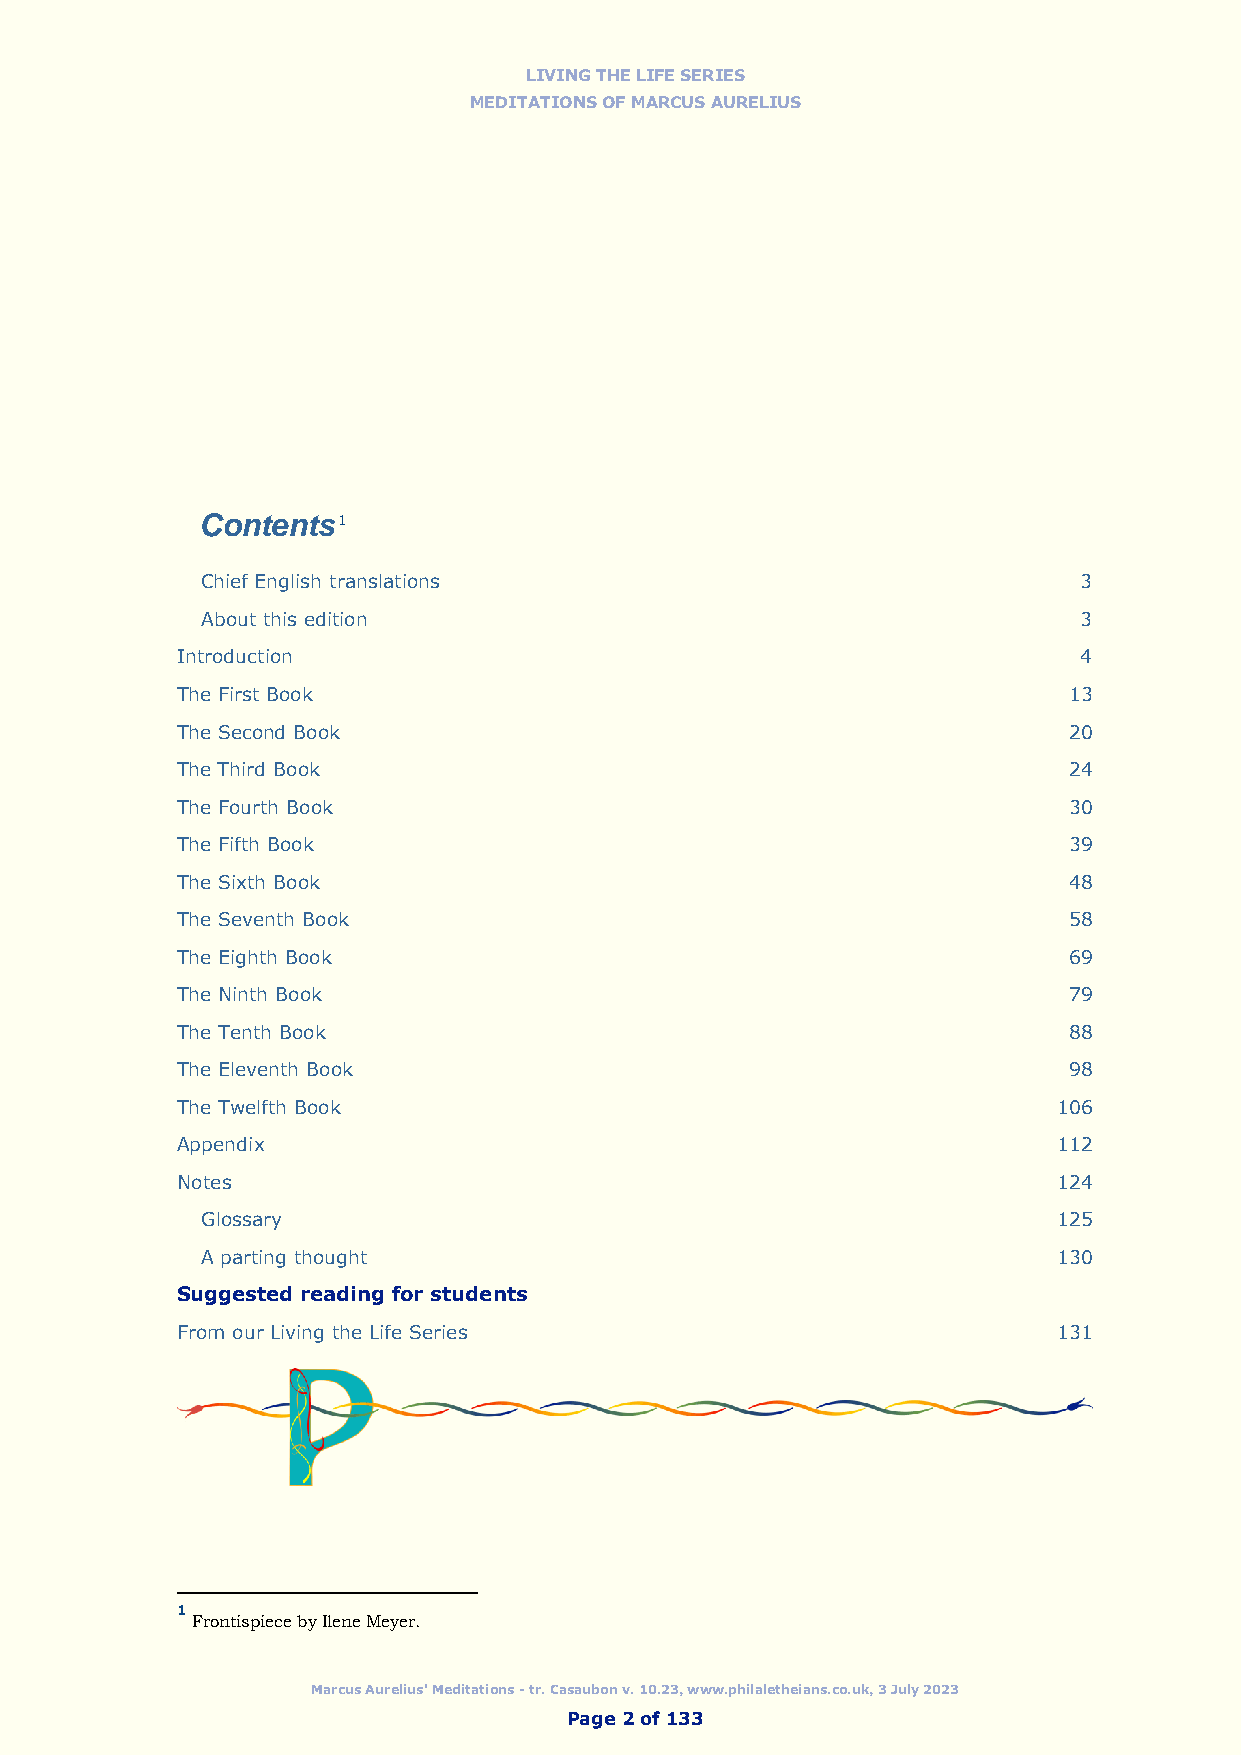
LIVING THE LIFE SERIES
 MEDITATIONS OF MARCUS AURELIUS
 Contents1
 Chief English translations                                3
 About this edition                                        3
 Introduction                                               4
 The First Book                                             13
 The Second Book                                            20
 The Third Book                                             24
 The Fourth Book                                            30
 The Fifth Book                                             39
 The Sixth Book                                             48
 The Seventh Book                                           58
 The Eighth Book                                            69
 The Ninth Book                                             79
 The Tenth Book                                             88
 The Eleventh Book                                          98
 The Twelfth Book                                          106
 Appendix                                                  112
 Notes                                                     124
 Glossary                                                 125
 A parting thought                                        130
 Suggested reading for students
 From our Living the Life Series                           131
 1
 Frontispiece by Ilene Meyer.
 Marcus Aurelius' Meditations - tr. Casaubon v. 10.23, www.philaletheians.co.uk, 3 July 2023
 Page 2 of 133